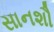
સાનશૌ